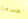
عندما